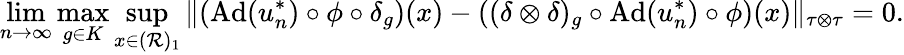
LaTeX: \operatorname*{lim}_{n\rightarrow\infty}\operatorname*{max}_{g\in K}\operatorname*{sup}_{x\in(\mathcal{R})_{1}}\| (\mathrm{Ad}(u_{n}^{*})\circ\phi\circ\delta_{g})(x)-((\delta\otimes\delta)_{g}\circ\mathrm{Ad}(u_{n}^{*})\circ\phi)(x)\| _{\tau\otimes\tau}=0.